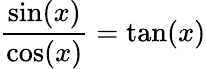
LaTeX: \frac{\sin(x)}{\cos(x)}=\tan(x)